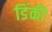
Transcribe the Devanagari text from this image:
डिंकी